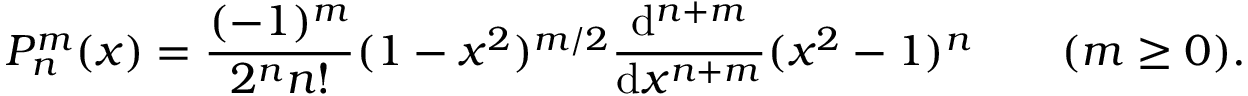
P _ { n } ^ { m } ( x ) = \frac { ( - 1 ) ^ { m } } { 2 ^ { n } n ! } ( 1 - x ^ { 2 } ) ^ { m / 2 } \frac { \mathrm { d } ^ { n + m } } { \mathrm { d } x ^ { n + m } } ( x ^ { 2 } - 1 ) ^ { n } \qquad ( m \geq 0 ) .